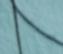
Signature authenticity: forged